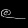
Digit: ၉